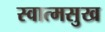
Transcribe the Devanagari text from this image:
स्वात्मसुख